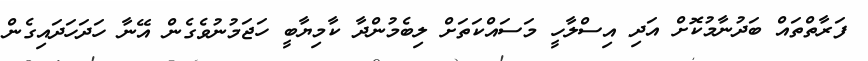
ފަރާތްތައް ބަދުނާމުކޮށް އަދި އިސްލާހީ މަސައްކަތަށް ލިބެމުންދާ ކާމިޔާބީ ހަޖަމުނުވެގެން އޭނާ ހަދަހަދައިގެން